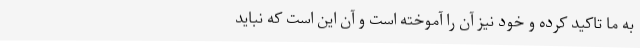
به ما تاکید کرده و خود نیز آن را آموخته است و آن این است که نباید